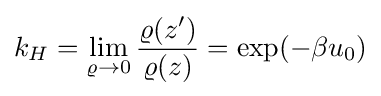
k_{H}=\lim _{\varrho \rightarrow 0}{\frac {\varrho (z')}{\varrho (z)}}=\exp(-\beta u_{0})